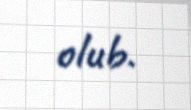
olub.